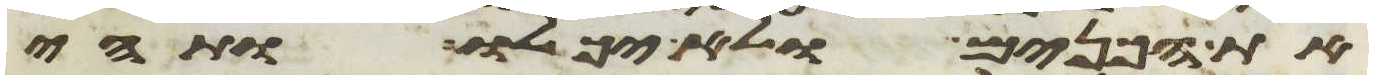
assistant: את הכנים ולא יכלו ותהי